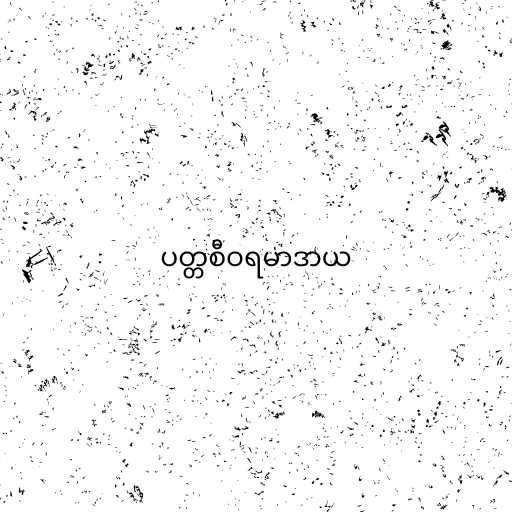
ပတ္တစီဝရမာဒာယ